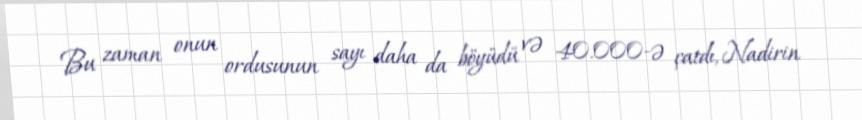
Bu zaman onun ordusunun sayı daha da böyüdü və 40.000-ə çatdı, Nadirin